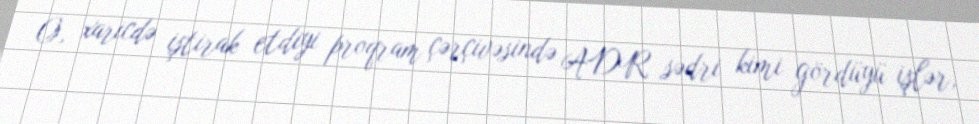
O, xaricdə iştirak etdiyi proqram çərçivəsində ADR sədri kimi gördüyü işlər,